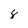
Character: 8